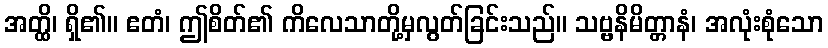
အတ္ထိ၊ ရှိ၏။ ဧတံ၊ ဤစိတ်၏ ကိလေသာတို့မှလွတ်ခြင်းသည်။ သဗ္ဗနိမိတ္တာနံ၊ အလုံးစုံသော